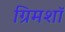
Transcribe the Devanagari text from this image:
ग्रिमशॉ